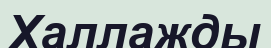
Халлажды